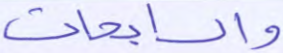
والسابحات